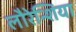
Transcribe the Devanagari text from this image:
लौरेन्शिया